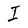
Character: I